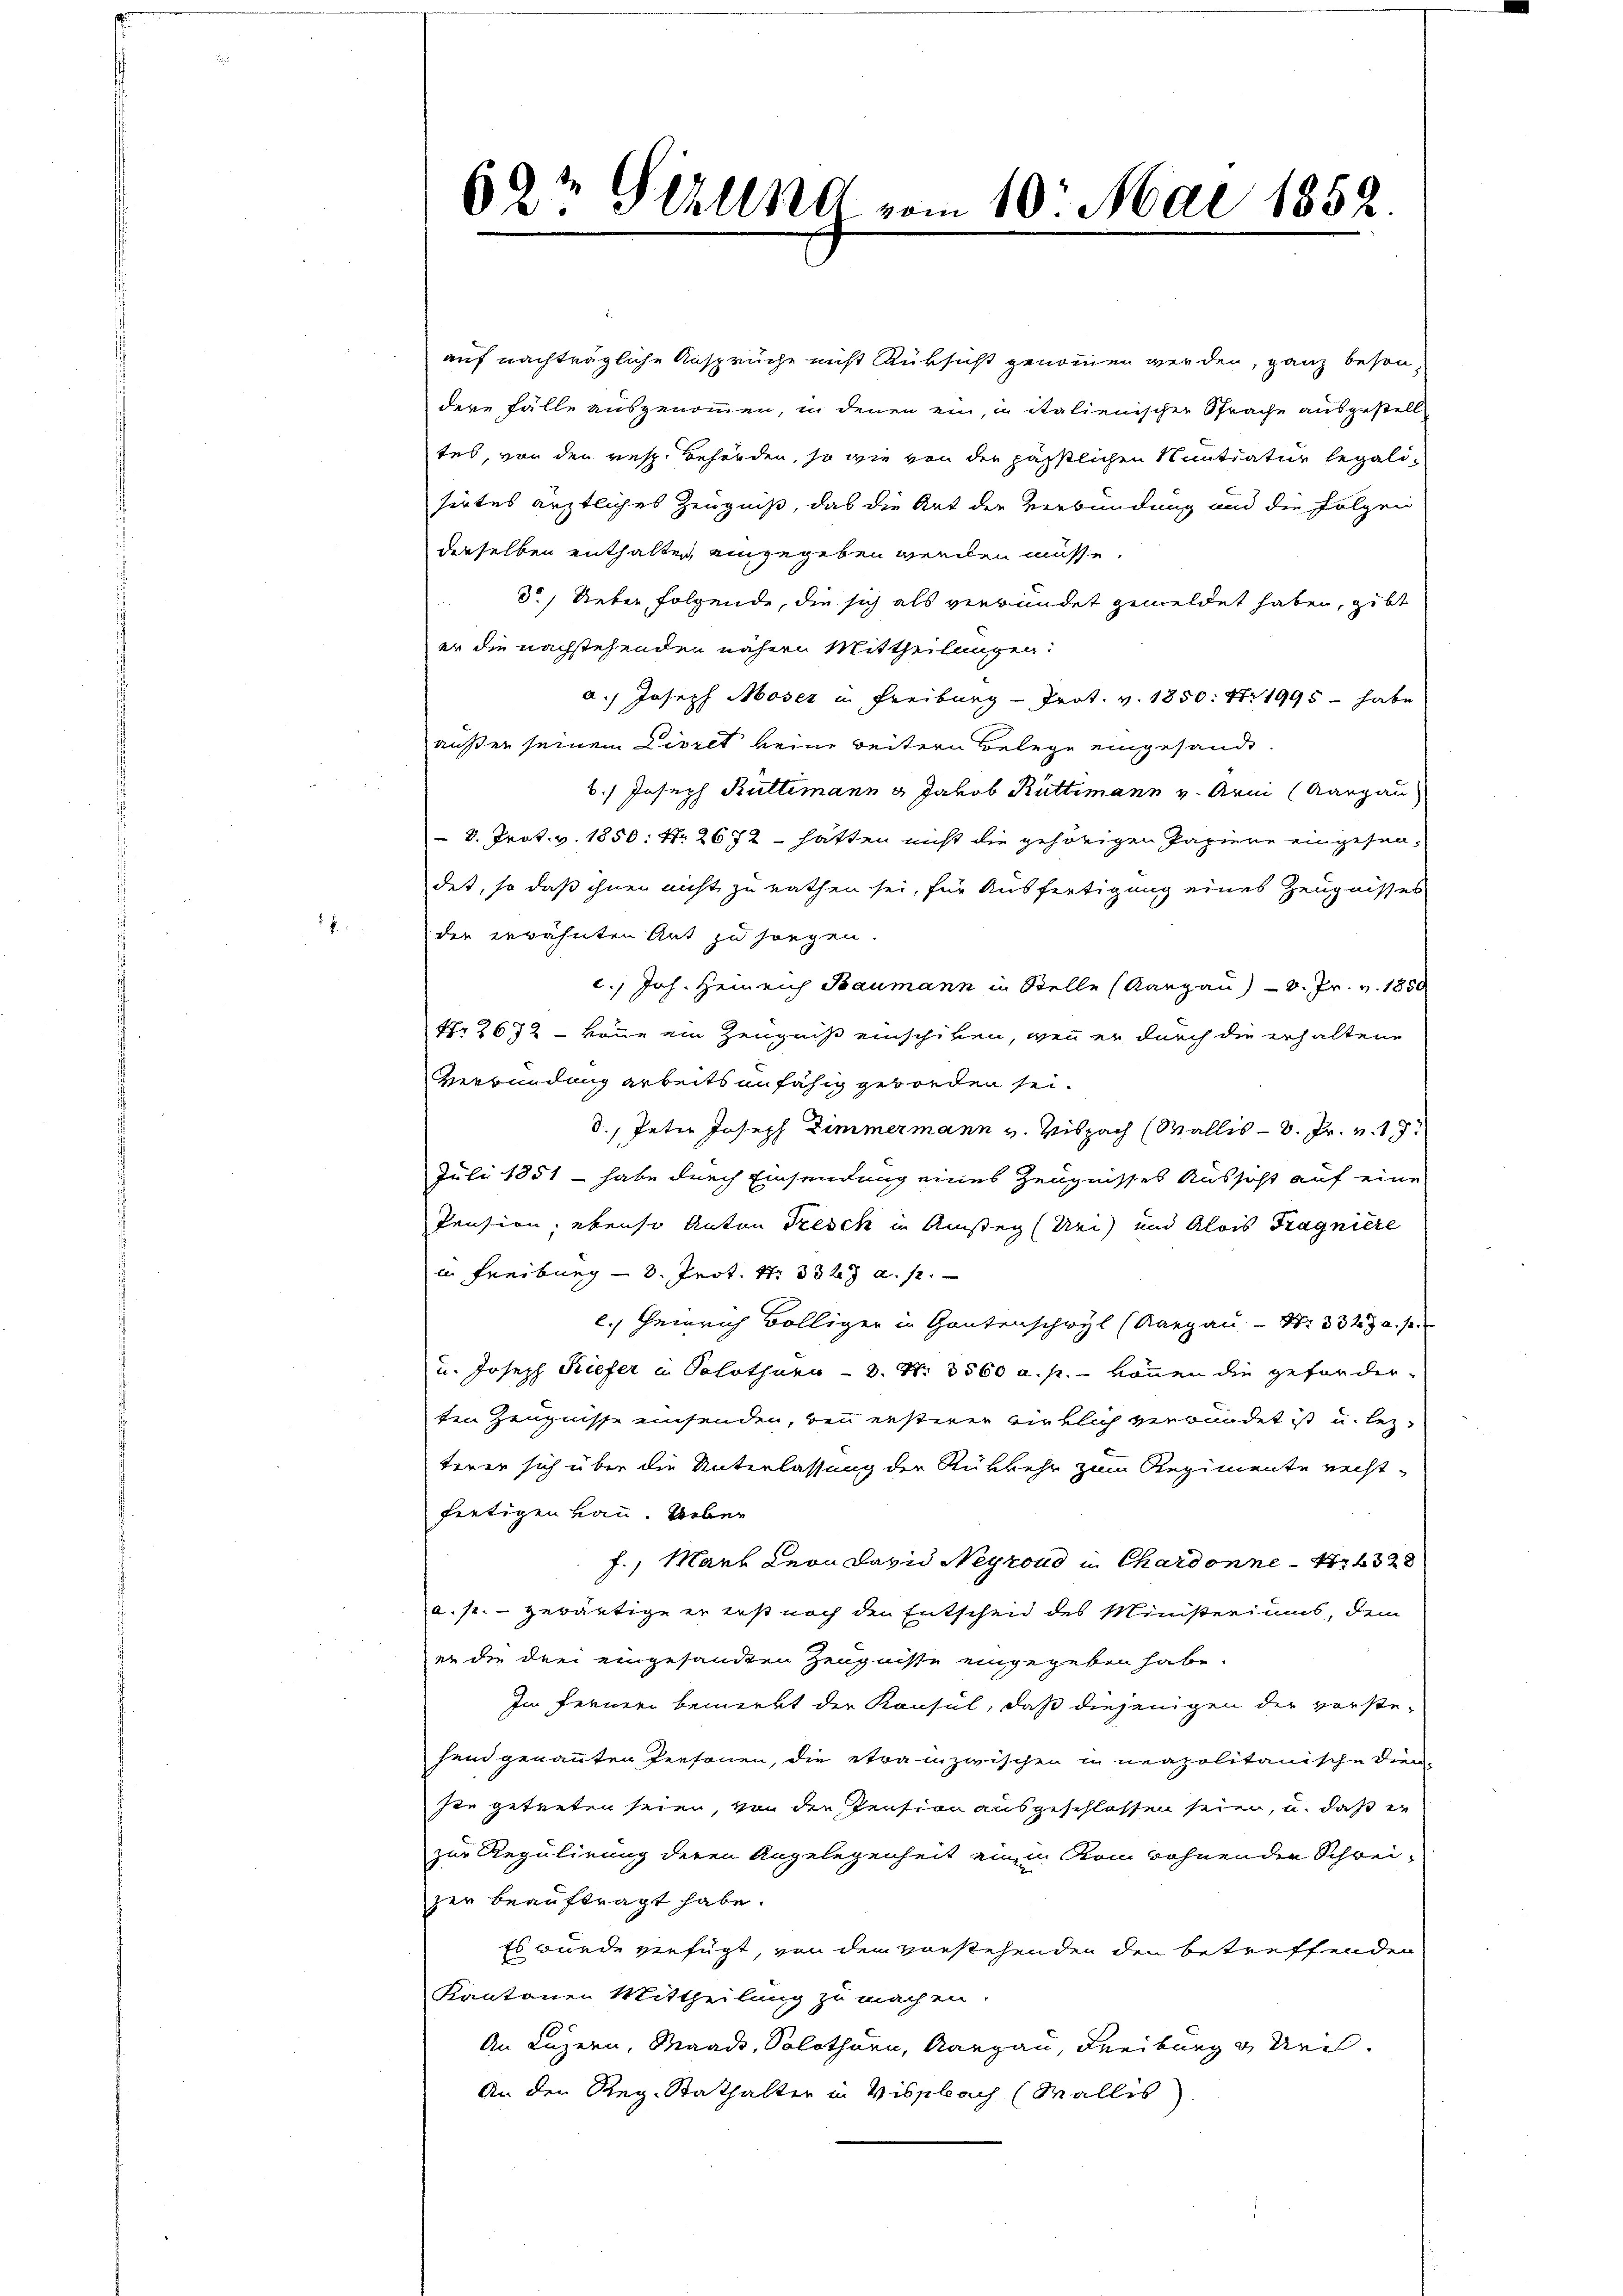
1

auf nachträgliche Ansprüche nicht Rüksicht genommen werden, ganz beson
dere Fälle ausgenommen, in denen ein, in italienischen Sprache ausgestell
tes, von den resp. Behörden, so wie von der hässlichen Sentiatur legalisirtes ärztliches Zeugniß, das die Art der Verbindung und die Folgen
derselben enthalten eingegeben werden müsse.
3.) Ueber folgende, die sich als verbundet gemeldet haben, gibt
er die nachstehenden nähern Mittheilungen:
a.) Joseph Moser in Freiburg - Prot. v. 1850: Nr 1995 - habe
außer seinem Livret keine weitern Belege eingesandt
6.) Joseph Kultimann & Jakob Rüttimann v. Armi (Aargau
 D. Prot. v. 1850: Nr. 2672 - hatten nicht die gehörigen Papiere eingesendet, so daß ihnen nicht zu rathen sei, für Ausfertigung eines Zeugnisses
der erwähnten Ant zu sorgen.
c.) Joh. Heinrich Baumann in Stelle (Aargau v. Pr. v. 1850
Nr 2652 - könne ein Zeugniß einschiken, wenn er durch die erhaltene
Verbindung arbeitsunfähig geworden sei.
d., Peter Joseph Zimmermann v. Vispach (Wallis - 8. Pr. v. 18
Juli 1851 - habe durch Einsendung eines Zeugnisses Aussicht auf eine
Pension, ebenso Anton Tresch in Amstey (Uri und Alois Tragniere
in Freiburg - 8. Prot. 41. 332. a. s.
c. Heinrich völliger in Gantenschwyl (Aargau - Nr. 3323 u. s.
u. Joseph Kiefer u. Solothurn - 8. No. 3500 a. p. können die geforderten Zeugnisse einsenden, den ersterer wirklich verbundet ist u. lezterer sich über die Unterlassung der Rükkehr zum Regimente recht-
fertigen Bau. Ueber
f., Mark Leon Dazu Negroud in Chardonne - 4. 4328
a. s. gebäutige er test noch den Entscheid des Ministeriums, dem
er die drei eingesandten Zeugnisse eingegeben habe.
Im ferner bemerkt der Konsul, daß diejenigen der vorste-
hend genannten Personen, die etwa inzwischen in neapolitanische Diensie getreten seien, von der Pension ausgeschlossen seien, u. daß er
zur Regulirung deren Angelegenheit einen vom Sohnenden Schrei-
zer beauftragt habe.
Es wurde verfügt, von den verstehenden den betreffenden
Kantonen Mittheilung zu machen.
An Luzern, Waadt, Solothurn, Aargau, Freiburg u Mei¬
An den Reg-Rathalter in Visibach (Wallis

62te Seelena vom 10. Mai 1852